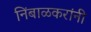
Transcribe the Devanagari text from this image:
निंबाळकरांनी